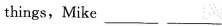
things，Mike___。